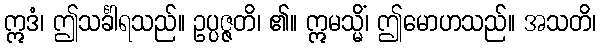
ဣဒံ၊ ဤသင်္ခါရသည်။ ဥပ္ပဇ္ဇတိ၊ ၏။ ဣမသ္မိံ၊ ဤမောဟသည်။ အသတိ၊